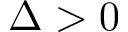
\Delta > 0